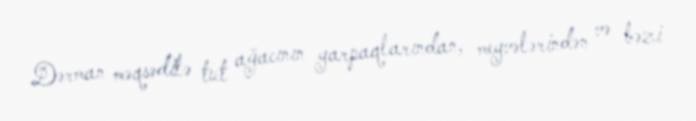
Dərman məqsədilə tut ağacının yarpaqlarından, meyvələrindən və bəzi